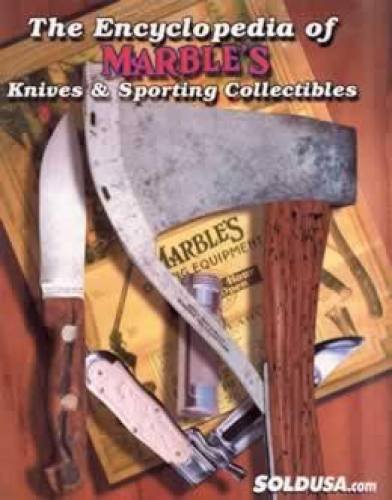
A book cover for The Encyclopedia of MARBLE'S Knives & Sporting Collectibles; Arni Dunathan; Crafts, Hobbies & Home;